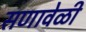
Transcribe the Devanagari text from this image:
सणावेळी